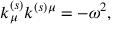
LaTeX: k _ { \mu } ^ { ( s ) } k ^ { ( s ) \mu } = - \omega ^ { 2 } ,